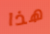
هذا